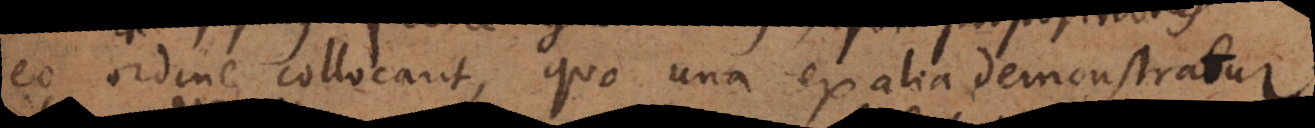
eo ordine collocarit, quo una ex alia demonstratur